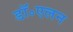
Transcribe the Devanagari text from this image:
डॉ॰एलन